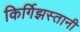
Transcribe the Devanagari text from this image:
किर्गिझस्तानी